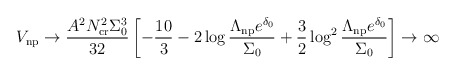
\begin{align*}V_{\rm np}\rightarrow\frac{A^2N^2_{\rm cr}\Sigma_0^3}{32}\left[-{10\over3}-2\log\frac{\Lambda_{\rm np}e^{\delta_0}}{\Sigma_0}+{3\over2}\log^2\frac{\Lambda_{\rm np}e^{\delta_0}}{\Sigma_0}\right]\rightarrow\infty\end{align*}